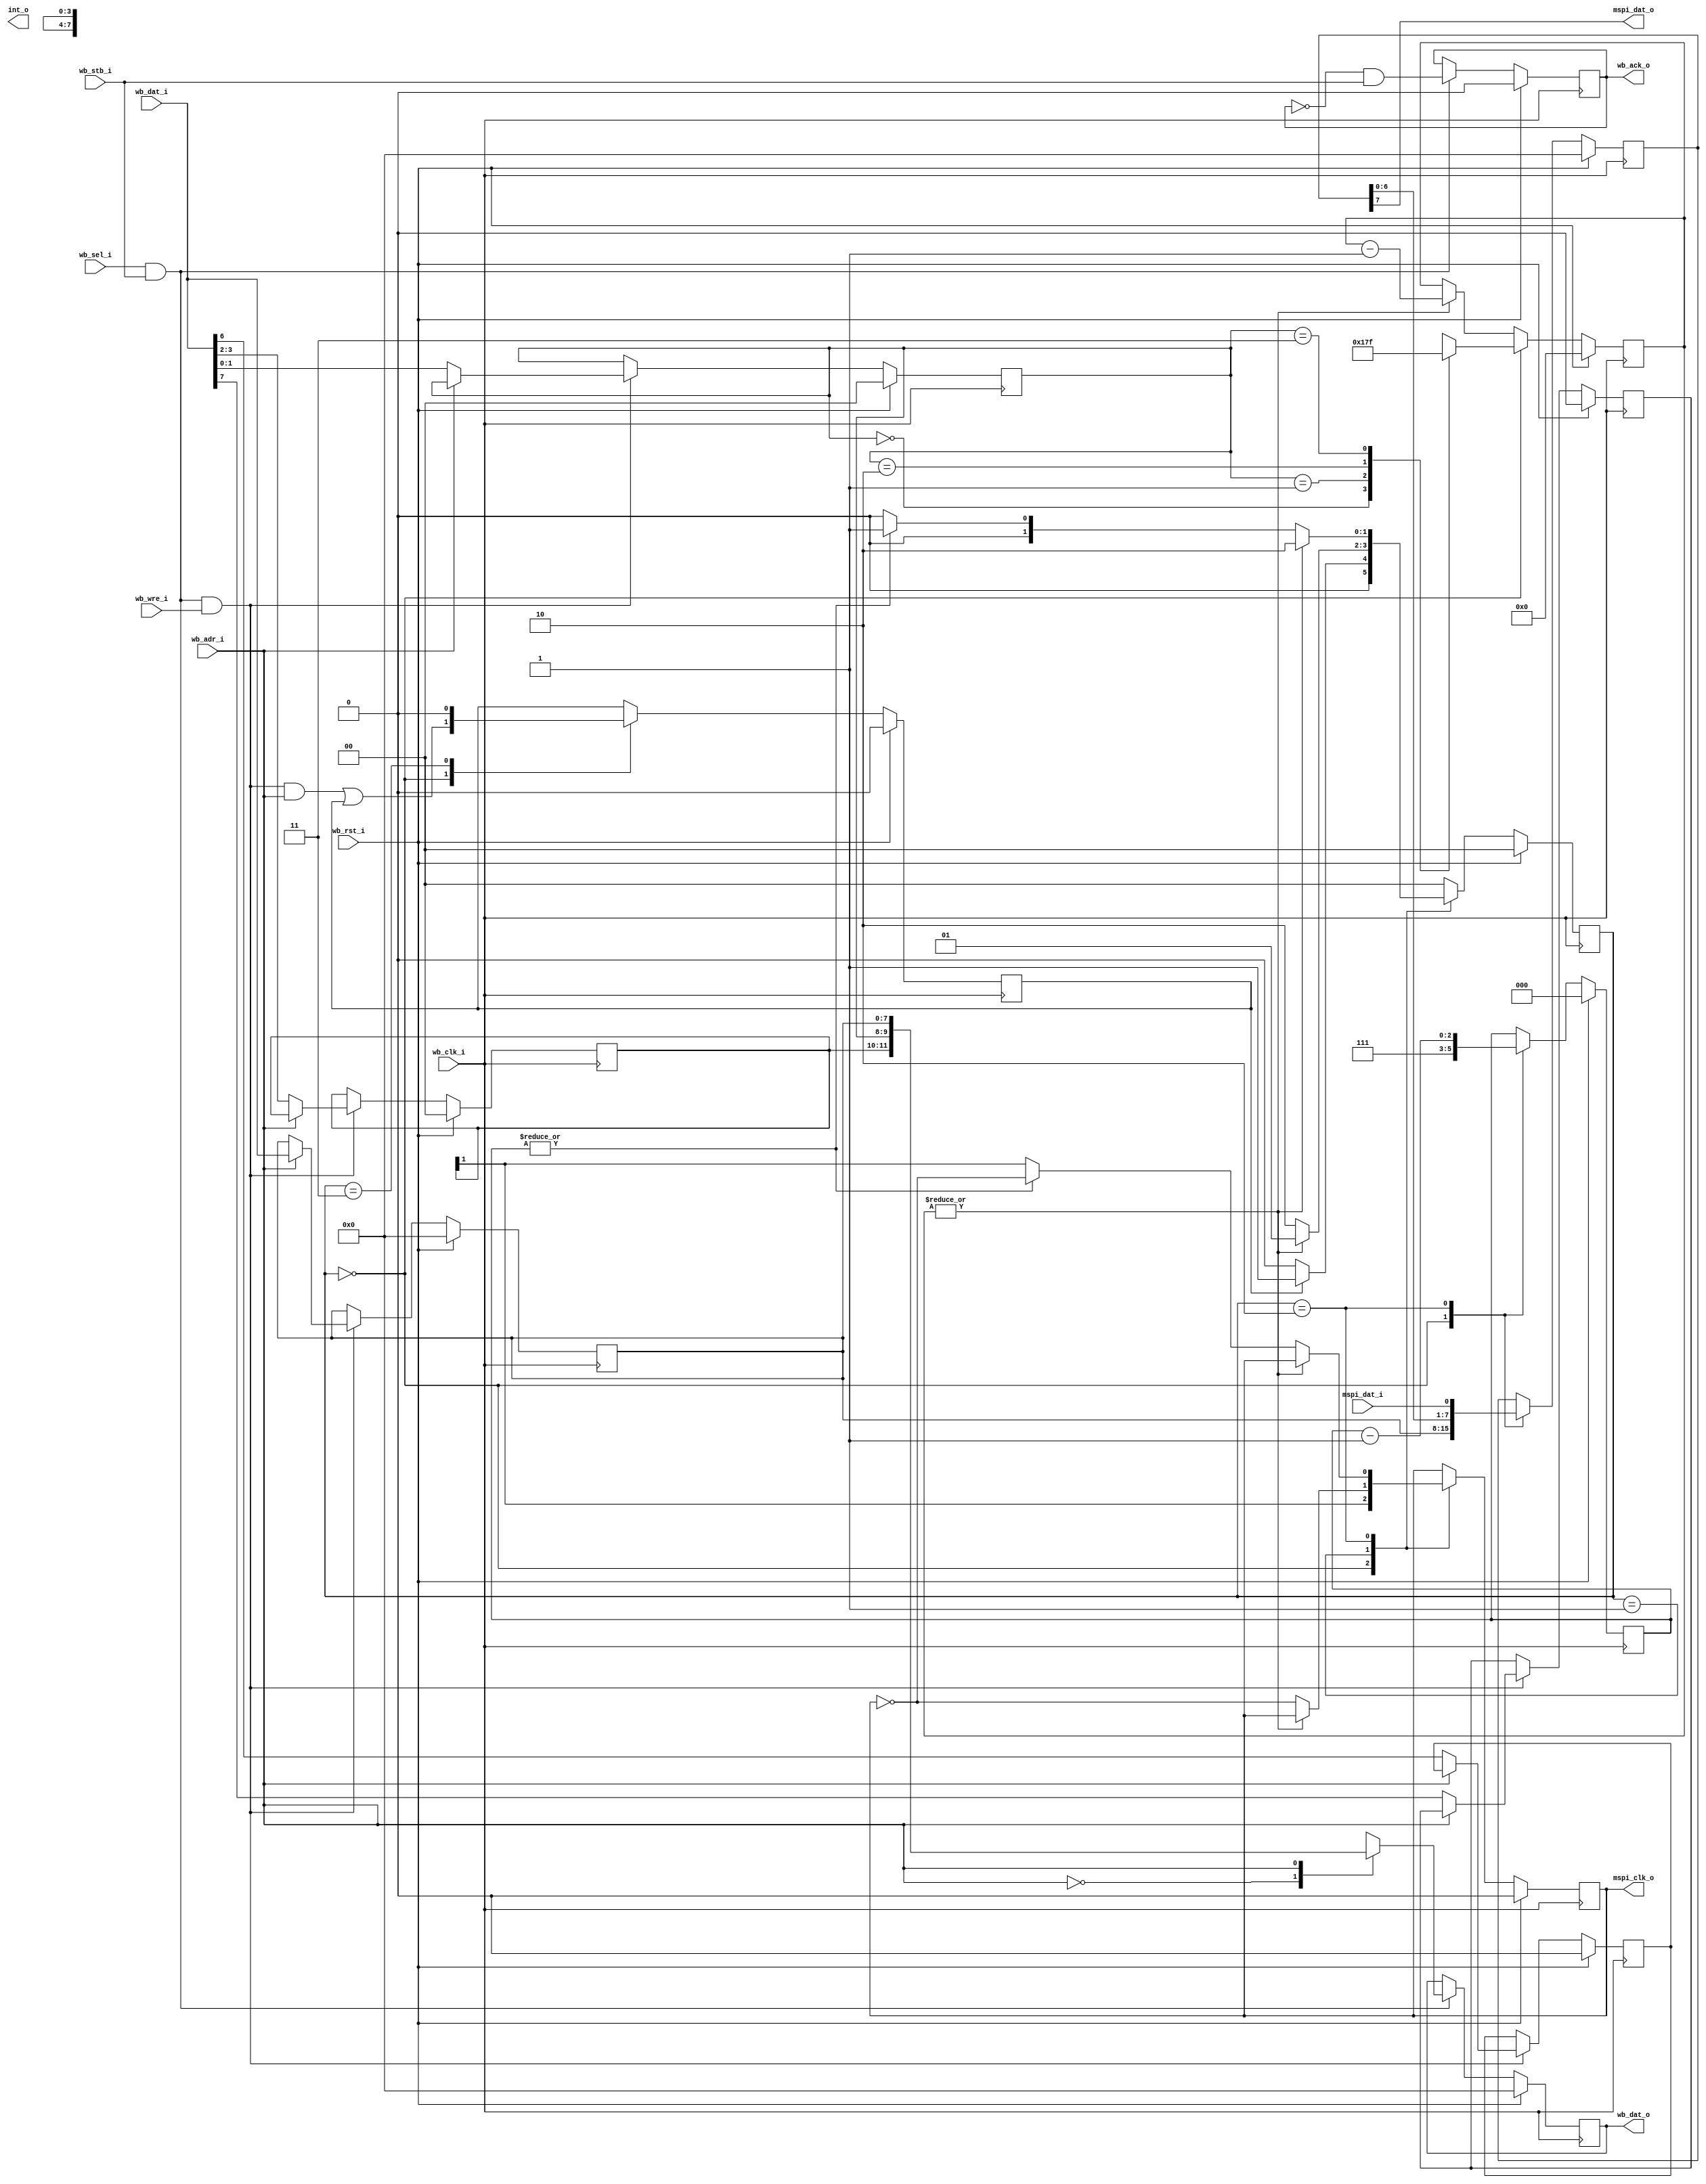
/* $Id: fasm_sparam.v,v 1.2 2008/06/05 20:55:15 sybreon Exp $
**
** VIRTUAL PERIPHERAL INPUT/OUTPUT LIBRARY
** Copyright (C) 2004-2009 Shawn Tan <shawn.tan@aeste.net>
** All rights reserved.
** 
** LITE is free software: you can redistribute it and/or modify it
** under the terms of the GNU Lesser General Public License as
** published by the Free Software Foundation, either version 3 of the
** License, or (at your option) any later version.
**
** LITE is distributed in the hope that it will be useful, but WITHOUT
** ANY WARRANTY; without even the implied warranty of MERCHANTABILITY
** or FITNESS FOR A PARTICULAR PURPOSE.  See the GNU Lesser General
** Public License for more details.
**
** You should have received a copy of the GNU Lesser General Public
** License along with FASM. If not, see <http:**www.gnu.org/licenses/>.
*/
/*
 * MASTER SERIAL PERIPHERAL INTERFACE
 */

module vpio_mspi (/*AUTOARG*/
   // Outputs
   wb_dat_o, wb_ack_o, int_o, mspi_dat_o, mspi_clk_o,
   // Inputs
   wb_dat_i, wb_adr_i, wb_sel_i, wb_wre_i, wb_stb_i, wb_clk_i,
   wb_rst_i, mspi_dat_i
   );

   // WISHBONE SLAVE INTERFACE
   output [7:0] wb_dat_o;  
   output 	wb_ack_o;
   output 	int_o;   
   input [7:0] 	wb_dat_i;
   input 	wb_adr_i;
   input 	wb_sel_i,
		wb_wre_i,
		wb_stb_i,
		//wb_cyc_i,
		wb_clk_i,
		wb_rst_i;   
   
   // MASTER SPI INTERFACE
   output 	mspi_dat_o, // MOSI
		//mspi_sel_o, // SSEL
		mspi_clk_o; // SCLK
   input 	mspi_dat_i; // MISO

   /*AUTOREG*/
   // Beginning of automatic regs (for this module's undeclared outputs)
   reg			int_o;
   reg			mspi_clk_o;
   reg			wb_ack_o;
   reg [7:0]		wb_dat_o;
   // End of automatics

   localparam [1:0] // synopsys enum state FSM
     FSM_IDLE = 2'o0,
     FSM_PHA0 = 2'o1,
     FSM_PHA1 = 2'o2,
     FSM_NULL = 2'o3;
   
   reg [1:0] 		// synopsys enum state FSM		
			rFSM, rFSM_;   
   
   reg [1:0] 		rSPIC_MODE, rSPIC_DIVI;
   reg 			rSPIC_SPIE, rSPIC_SPEN;
   reg 			rSPIC_SPIF, rSPIC_WCOL;

   reg 			rFULL;   
   reg [7:0] 		rSPID, rTBUF;   
   reg [2:0] 		rBCNT;
   
   wire [7:0] 		rSPIC = {rSPIC_SPIE, // RW-SPI interrupt enable
				 rSPIC_SPEN, // RW_SPI enable
				 rSPIC_SPIF, // RO-flag
				 rSPIC_WCOL, // RO-write collision
				 rSPIC_MODE, // RW-SPI mode
				 rSPIC_DIVI}; // RW-SPI clock divider

   wire 		CPOL = rSPIC[3]; // CPOL
   wire 		CPHA = rSPIC[2]; // CPHA
   wire [1:0] 		CDIV = rSPIC[1:0]; // CDIV
   wire 		SPIE = rSPIC[7];
   wire 		SPEN = rSPIC[6];   
   
   wire 		wb_stb = wb_sel_i & wb_stb_i;   
   wire 		wb_wre = wb_sel_i & wb_stb_i & wb_wre_i;   
   
   // WISHBONE INTERFACE - Synchronous Single Transfers
   always @(posedge wb_clk_i)
     if (wb_rst_i) begin
	/*AUTORESET*/
	// Beginning of autoreset for uninitialized flops
	rSPIC_DIVI <= 2'h0;
	rSPIC_MODE <= 2'h0;
	rSPIC_SPEN <= 1'h0;
	rSPIC_SPIE <= 1'h0;
	rSPID <= 8'h0;
	// End of automatics
     end else if (wb_wre) begin
	if (!wb_adr_i) {rSPIC_SPIE,
			rSPIC_SPEN,
			rSPIC_MODE,
			rSPIC_DIVI} = #1 {wb_dat_i[7:6],
					  wb_dat_i[3:0]};
	if (wb_adr_i) rSPID <= #1 wb_dat_i;
     end

   always @(posedge wb_clk_i)
     if (wb_rst_i) begin
	/*AUTORESET*/
	// Beginning of autoreset for uninitialized flops
	wb_ack_o <= 1'h0;
	wb_dat_o <= 8'h0;
	// End of automatics
     end else if (wb_stb) begin
	
	wb_ack_o <= !wb_ack_o & wb_stb_i;
	
	case (wb_adr_i)
	  1'b0: wb_dat_o <= rSPIC;	  
	  1'b1: wb_dat_o <= rSPID;
	endcase // case (wb_adr_i)
     end

   // CLOCK - Loadable Counter
   reg [3:0] rFCNT;
   wire      wena = ~|rFCNT;   
   always @(posedge wb_clk_i)
     if (wb_rst_i) begin // reset
	/*AUTORESET*/
	// Beginning of autoreset for uninitialized flops
	rFCNT <= 4'h0;
	// End of automatics
     end else if (rFSM == FSM_IDLE) begin
	case (CDIV)
	  2'o0: rFCNT <= #1 4'h0; // 2  -- original HC11
	  2'o1: rFCNT <= #1 4'h1; // 4  -- original HC11
	  2'o2: rFCNT <= #1 4'h7; // 16 -- original HC11
	  2'o3: rFCNT <= #1 4'hF; // 32 -- original HC11
	endcase // case (CDIV)
     end else if (|rFCNT) begin
	rFCNT <= #1 rFCNT - 1;	
     end
   
   // STATE MACHINE
   wire wbit = ~|rBCNT;
   assign mspi_dat_o = rTBUF[7];
   
   always @(posedge wb_clk_i)
     if (wb_rst_i) begin
	rFSM <= FSM_IDLE;	
	/*AUTORESET*/
	// Beginning of autoreset for uninitialized flops
	mspi_clk_o <= 1'h0;
	rBCNT <= 3'h0;
	rFULL <= 1'h0;
	rTBUF <= 8'h0;
	// End of automatics
     end else begin
	
	// BIT COUNT
	case (rFSM)
	  FSM_IDLE: rBCNT <= #1 3'o7;
	  FSM_PHA1: rBCNT <= #1 rBCNT - 1;	  
	  default: rBCNT <= #1 rBCNT;	  
	endcase // case (rFSM)

	// MOSI/MISO
	case (rFSM)
	  FSM_IDLE: rTBUF <= #1 rSPID;
	  FSM_PHA1: rTBUF <= #1 {rTBUF[6:0], mspi_dat_i};	  
	  default: rTBUF <= #1 rTBUF;	  
	endcase // case (rFSM)

	// SCLK
	case (rFSM)
	  FSM_IDLE: mspi_clk_o <= #1 CPOL;
	  FSM_PHA0: mspi_clk_o <= #1 (wena) ? ~mspi_clk_o : mspi_clk_o;
	  FSM_PHA1: mspi_clk_o <= #1 (!wena) ? mspi_clk_o : (wbit) ? CPOL : ~mspi_clk_o;
	  /*
	  FSM_PHA1: case ({wena, wbit})
		      2'o3: mspi_clk_o <= #1 CPOL;
		      2'o2: mspi_clk_o <= #1 ~mspi_clk_o;
		      default: mspi_clk_o <= #1 mspi_clk_o;		      
		    endcase // case ({wena, wbit})	  
	   */
	  default: mspi_clk_o <= #1 mspi_clk_o;	  
	endcase // case (rFSM)

	// FULL/WCOL	
	case (rFSM)
	  FSM_IDLE: rFULL <= #1 (wb_wre & wb_adr_i) | rFULL;
	  FSM_NULL: rFULL <= #1 1'b0;	     
	  default: rFULL <= #1 rFULL;	     
	endcase // case (rFSM)

	// STATE
	case (rFSM)
	  FSM_IDLE: rFSM <= #1 (rFULL) ? FSM_PHA0 : FSM_IDLE;
	  FSM_PHA0: rFSM <= #1 (wena) ? FSM_PHA1 : FSM_PHA0;
	  FSM_PHA1: rFSM <= #1 (!wena) ? FSM_PHA1 : (~|rBCNT) ? FSM_IDLE : FSM_PHA0;	  
	  default: rFSM <= #1 FSM_IDLE;	  
	endcase // case (rFSM)
	
     end // else: !if(wb_rst_i)
   
endmodule // vpio_mspi